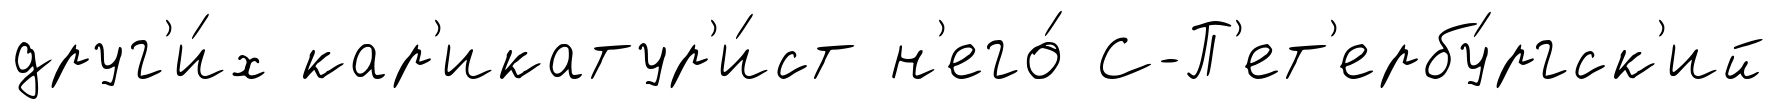
друг'и́х кар'икатур'и́ст н'его́ С-П'ет'ербу́ргск'ий